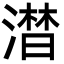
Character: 澘